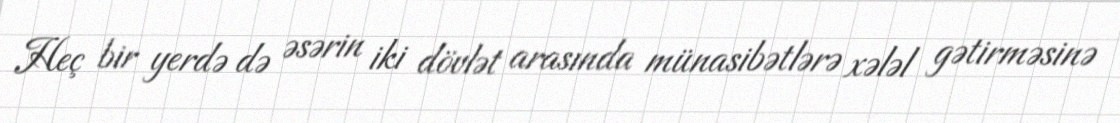
Heç bir yerdə də əsərin iki dövlət arasında münasibətlərə xələl gətirməsinə